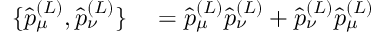
\begin{array} { r l } { \{ \hat { p } _ { \mu } ^ { ( L ) } , \hat { p } _ { \nu } ^ { ( L ) } \} } & { { } = \hat { p } _ { \mu } ^ { ( L ) } \hat { p } _ { \nu } ^ { ( L ) } + \hat { p } _ { \nu } ^ { ( L ) } \hat { p } _ { \mu } ^ { ( L ) } } \end{array}